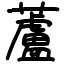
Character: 蘆